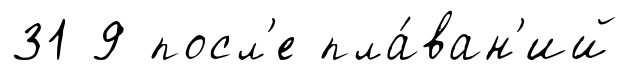
31 9 посл'е пла́ван'ий